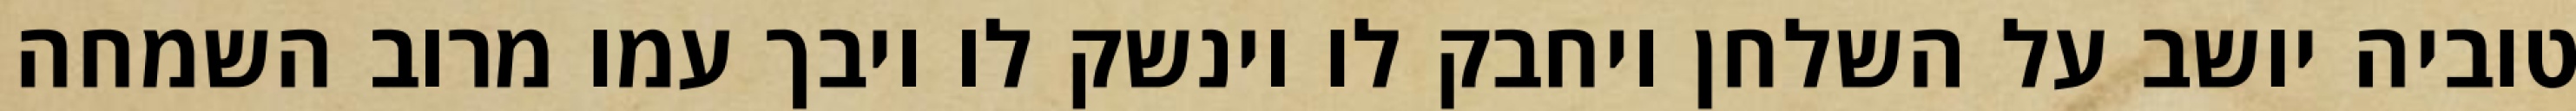
טוביה יושב על השלחן ויחבק לו וינשק לו ויבך עמו מרוב השמחה